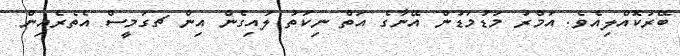
ބޭރުކޮއްލިއެެވެ. އަމްރު މަޑުމަޑުން އޭނާގެ އަތް ނިކަތު ލައިގެން އިން ޗގަމީސް އެތެރެއިން